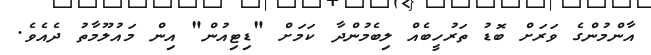
އާންމުންގެ ވަރަށް ބޮޑު ތަރުހީބެއް ލިބެމުންދާ ކަމަށް "ޑިޓިއުން" އިން މައުލޫމާތު ދެއެވެ.